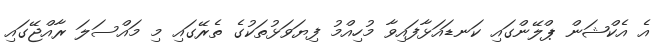
އެ އެކްޝަން ޕްލޭންގައި ކަނޑައަޅާފައިވާ މުހިއްމު ފިޔަވަޅުތަކުގެ ތެރޭގައި މި މައްސަލަ ރާއްޖޭގައި